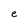
Character: e